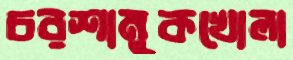
চরশামুকখোলা